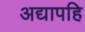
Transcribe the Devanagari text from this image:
अद्यापहि